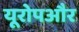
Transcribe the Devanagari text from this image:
यूरोपऔर